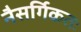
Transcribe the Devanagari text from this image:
नैसर्गिकतः